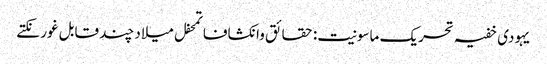
یہودی خفیہ تحریک ماسونیت: حقائق وانکشافاتمحفل میلاد چند قابل غور نکتے